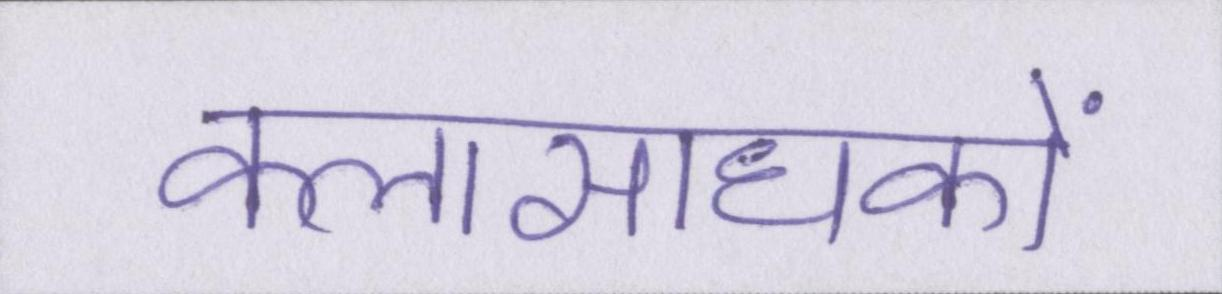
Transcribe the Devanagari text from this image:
कलासाधकों